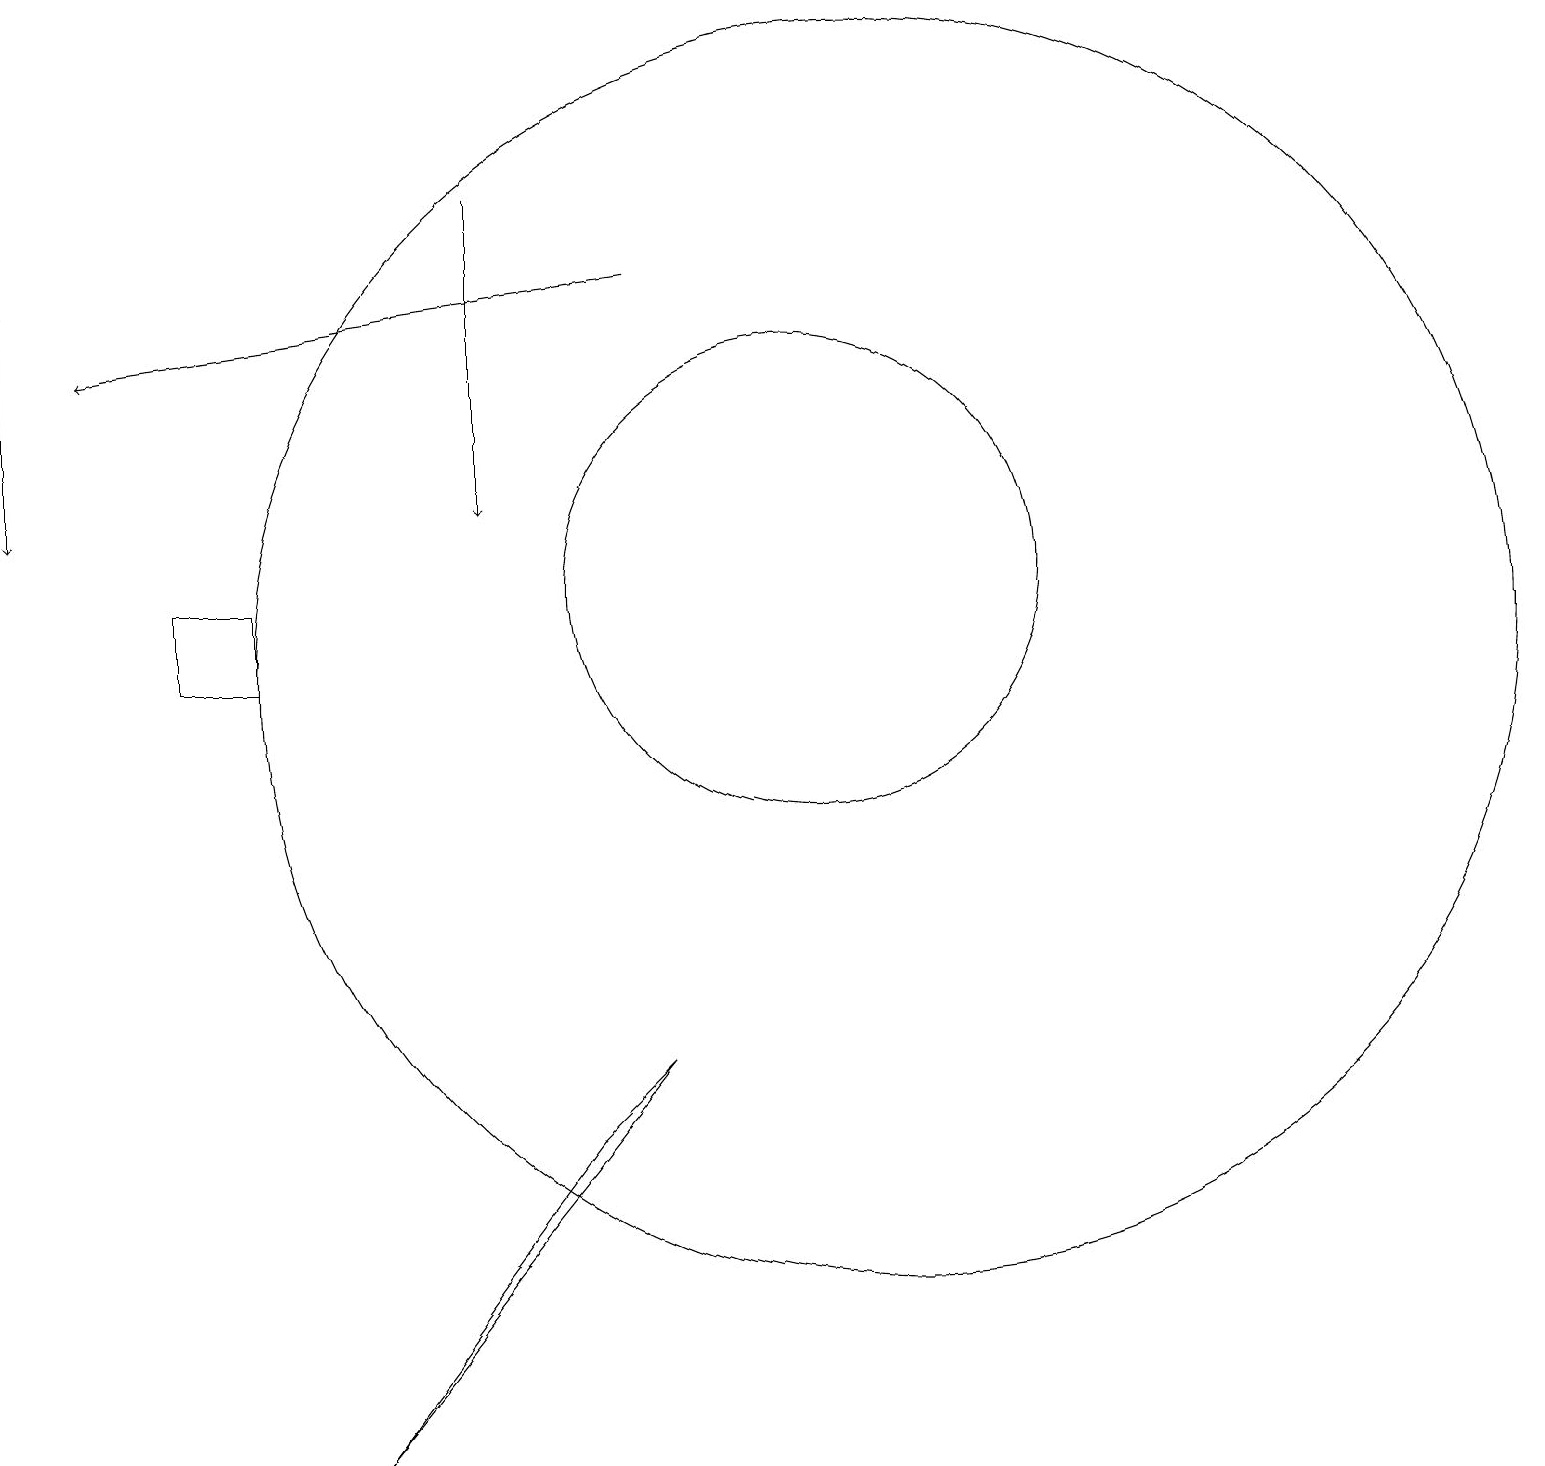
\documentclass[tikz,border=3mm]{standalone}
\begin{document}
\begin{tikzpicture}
\draw[->] (7,16) -- (7,12);
\draw[->] (1,15) -- (1,12);
\draw[->] (9,15) -- (2,14);
\draw (10,10) circle (0);
\draw (8,4) -- (5,0) -- (9,5) -- cycle;
\draw (12,10) circle (8);
\draw (11,11) circle (3);
\draw (4,11) rectangle (3,10);
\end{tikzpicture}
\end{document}